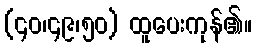
(၄၀၊၄၉၊၅၀) ထူပေးကုန်၏။